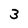
Character: 3